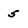
Character: 5